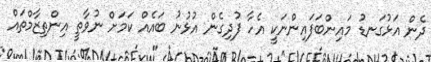
ދެން އަޅުގަނޑު މައިންބަފައިންނަކީ އެހާ ފުދިގެން އުޅުނު ބައެއް ކަމަށް ނުވާތީ އިންތިޒާމްތައް